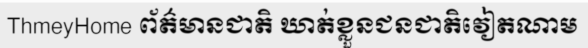
ThmeyHome ព័ត៌មានជាតិ ឃាត់ខ្លួនជនជាតិវៀតណាម